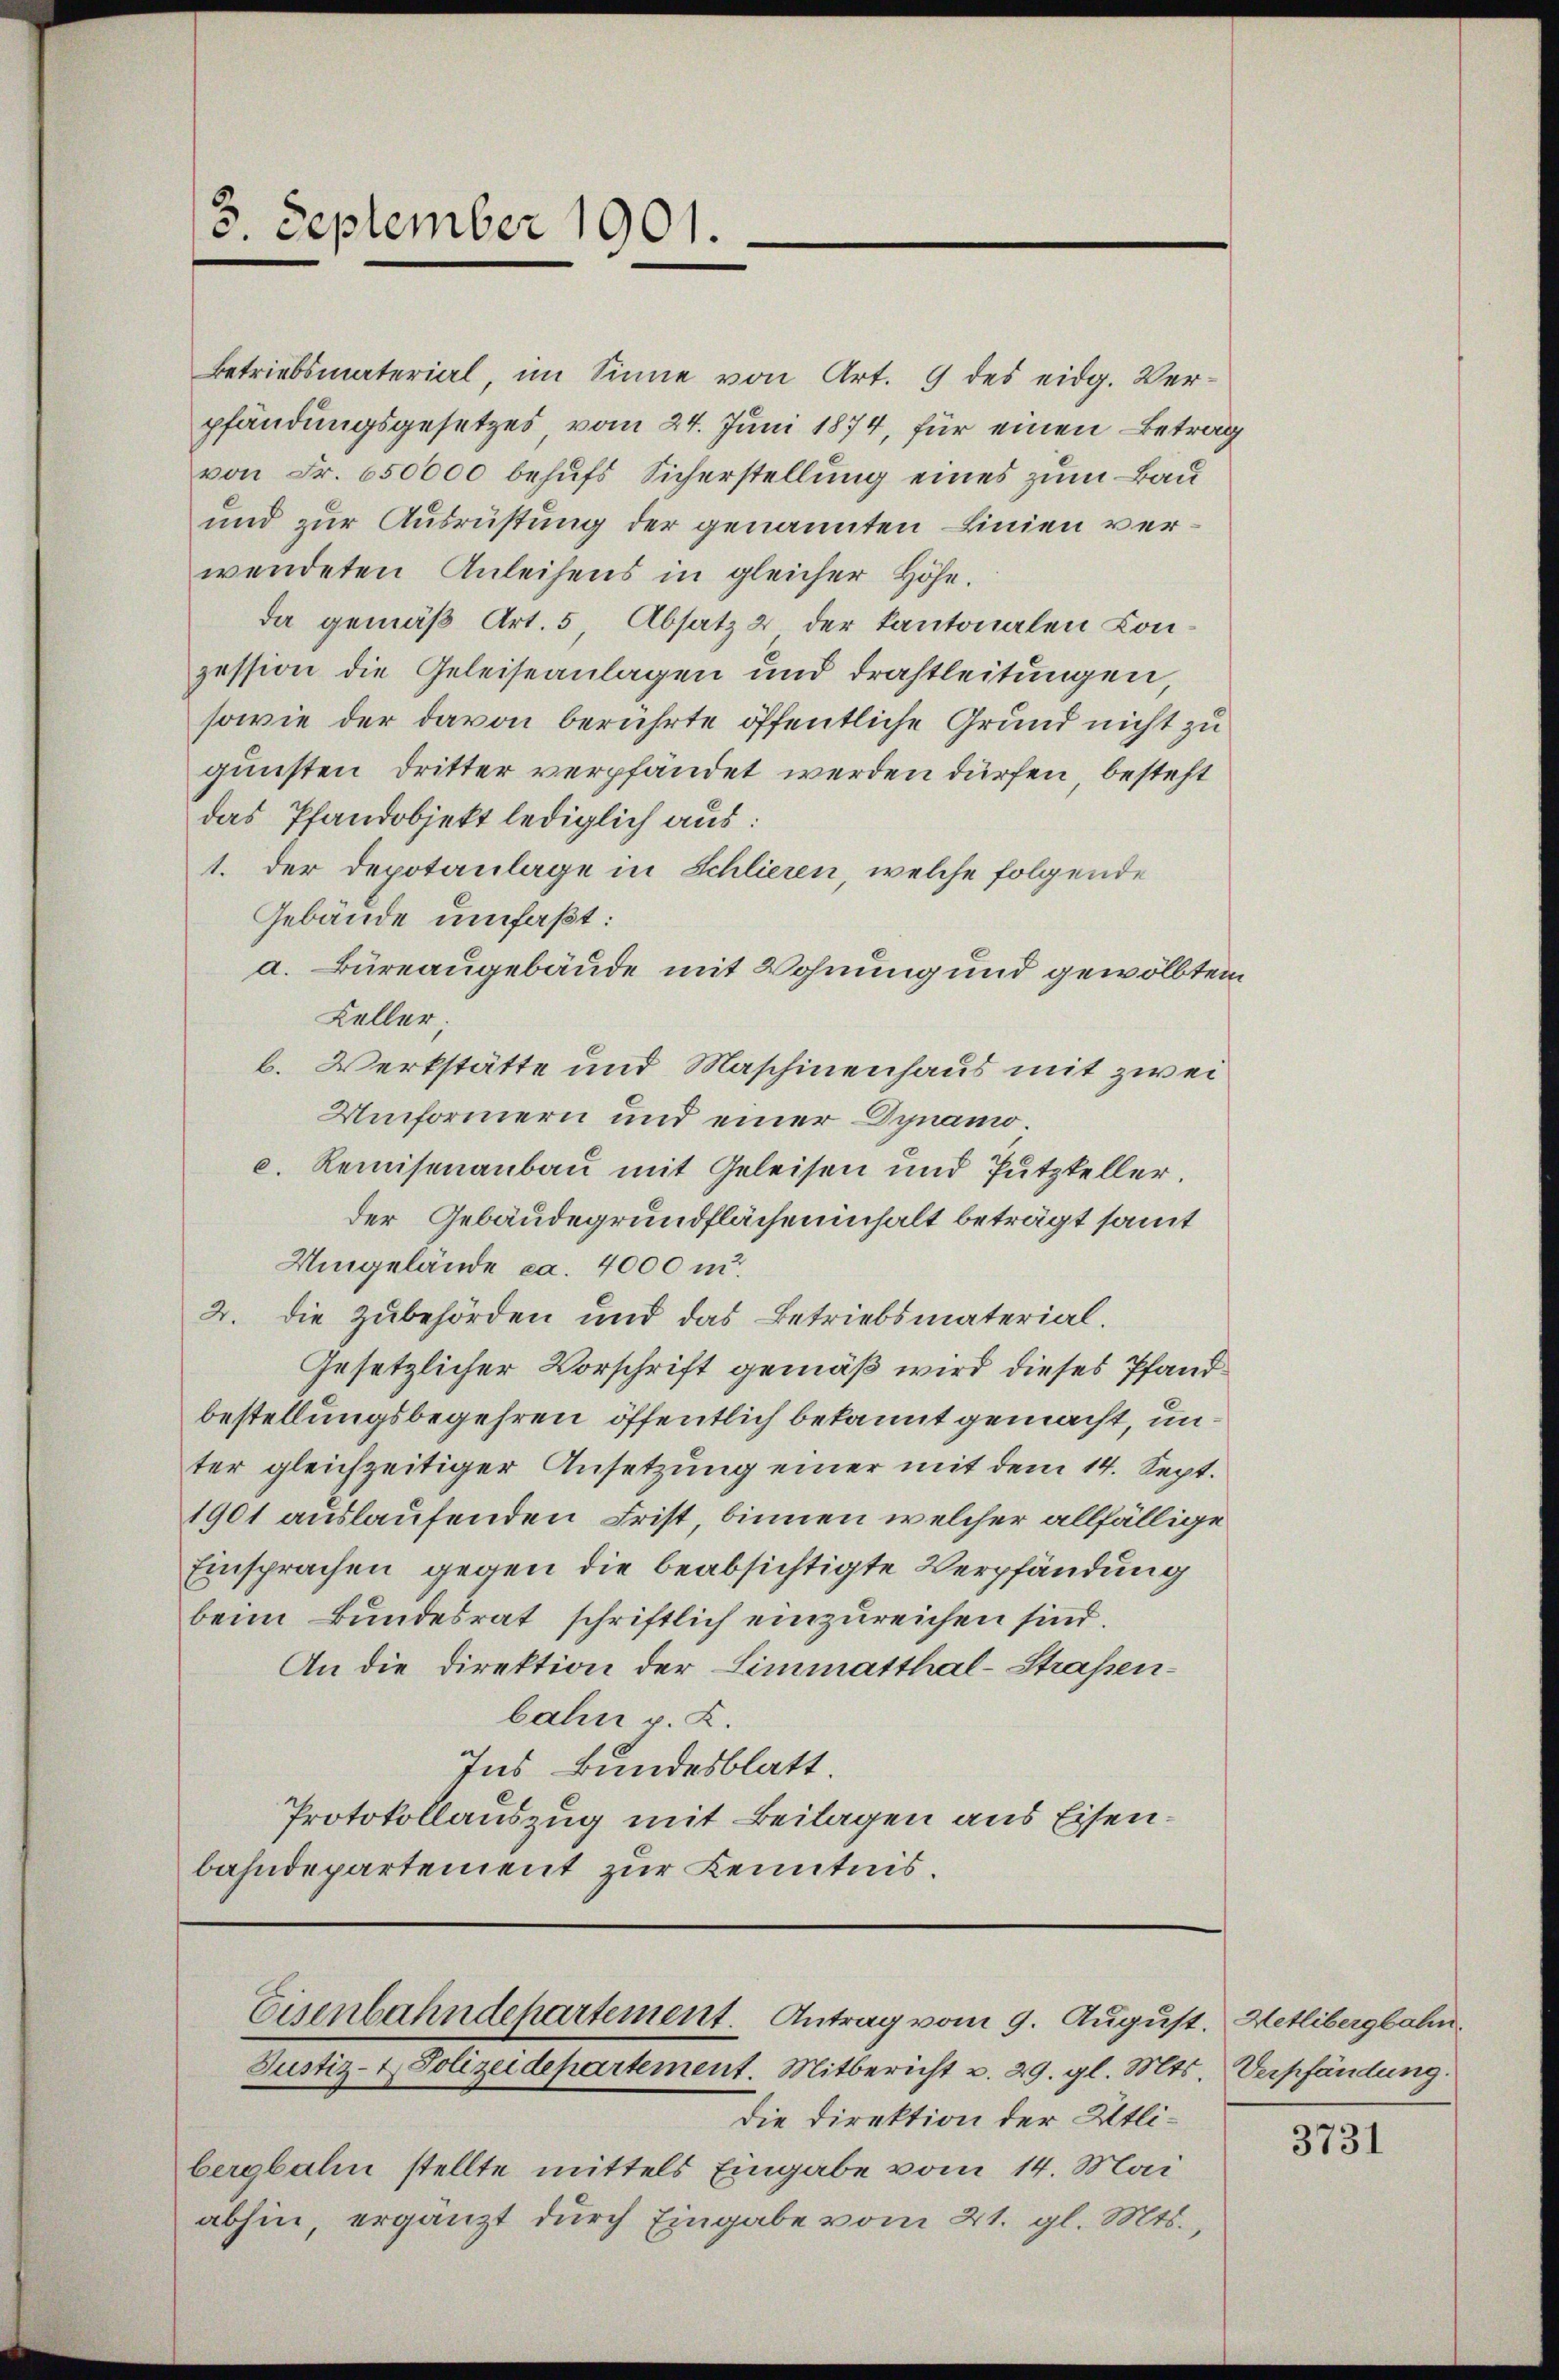
13. September 1901.

Betriebsmaterial im Sinne von Art. 9 des eidg. Ver-
pfändungsgesetzes vom 24. Juni 1874, für einen Betrag
von Fr. 650000 behufs Sicherstellung eines zum Bau¬
und zur Ausrüstung der genannten Linien verwendeten Anleihens in gleicher Höhe.
da gemäß Art. 5 Absatz 2 der Kantonalen Conzession die Geleiseanlagen und drastleitungen,
sowie der davon berührte öffentliche Grund nicht zu
gunsten Dritter verpfändet werden dürfen, besteht
das Pfandobjekt lediglich aus:
1. der Depotanlage in Schlieren, welche folgende
Gebäude umfaßt:
a. Büreaugebäude mit Wohnung und gewölbten
Keller,
b. Werkstätte und Maschinenhaus mit zwei
Umformern und einer Dynamoc. Remisenanbau mit Geleisen und Putzkeller.
der Gebäudegrundflächeninhalt beträgt samt
Umgelände ca. 4000 u.
2. die Zubehörden und das Betriebsmaterial-
Gesetzlicher Vorschrift gemäß wird dieses Pfandbestellungsbegehren öffentlich bekannt gemacht, unter gleichzeitiger Ansetzung einer mit dem 14. Sept.
1901 auslaufenden Frist, binnen welcher allfällige
Einsprachen gegen die beabsichtigte Verpfändung
beim Bundesrat schriftlich einzureichen sind.
An die Direktion der Limmatthal-Straßenbahn v. K.
Ins Bundesblatt.
Protokollauszug mit Beilagen aus Eisenbahndepartement zur Kenntnis.

Eisenbahndepartement. Antrag vom 9. August. Wetlibergbahn
Justiz- & Polizeidepartement. Mitbericht v. 29. gl. Mts. Verpfändung.

Die Direktion der Atlibergbahn stellte mittels Eingabe vom 14. Mai
abhin, ergänzt durch Eingabe vom 21. gl. Mts.,

3731